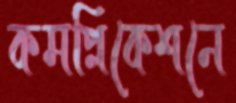
কমপ্লিকেশনে